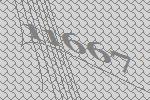
11667